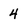
Character: 4